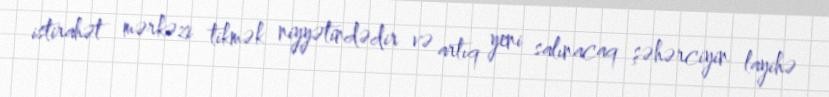
istirahət mərkəzi tikmək niyyətindədir və artıq yeni salınacaq şəhərciyin layihə